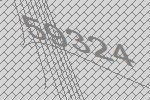
59324